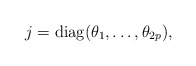
\begin{align*}j={\rm diag}(\theta_1,\ldots,\theta_{2p}),\end{align*}